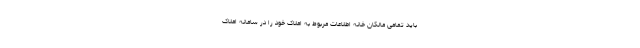
باید تمامی مالکان خانه اطلاعات مربوط به املاک خود را در سامانه املاک